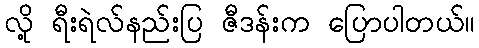
လို့ ရီးရဲလ်နည်းပြ ဇီဒန်းက ပြောပါတယ်။